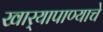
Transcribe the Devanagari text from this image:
खार्‍यापाण्याचे